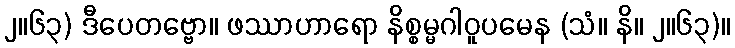
၂။၆၃) ဒီပေတဗ္ဗော။ ဖဿာဟာရော နိစ္စမ္မဂါဝူပမေန (သံ။ နိ။ ၂။၆၃)။